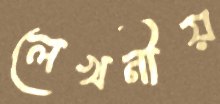
লেখনীয়